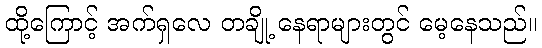
ထို့ကြောင့် အက်ရှလေ တချို့ နေရာများတွင် မေ့နေသည်။